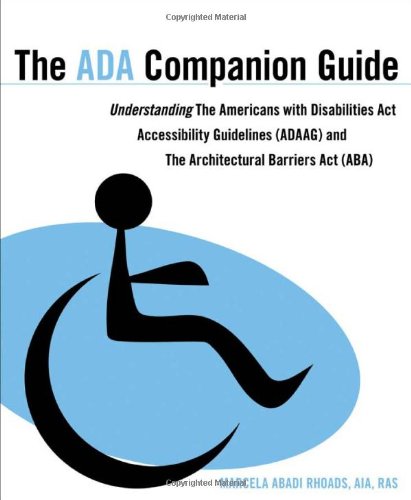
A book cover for The ADA Companion Guide: Understanding the Americans with Disabilities Act Accessibility Guidelines (ADAAG) and the Architectural Barriers Act (ABA); Marcela A. Rhoads; Law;